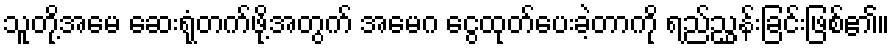
သူတို့အမေ ဆေးရုံတက်ဖို့အတွက် အမေဂ ငွေထုတ်ပေးခဲ့တာကို ရည်ညွှန်းခြင်းဖြစ်၏။